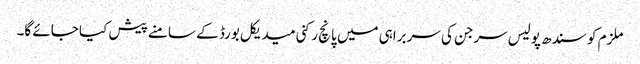
ملزم کو سندھ پولیس سرجن کی سربراہی میں پانچ رکنی میدیکل بورڈ کے سامنے پیش کیا جائے گا۔